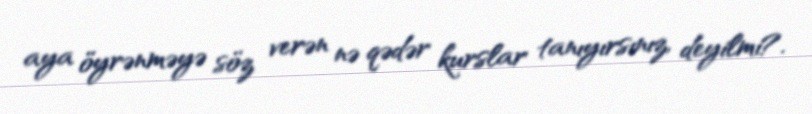
aya öyrənməyə söz verən nə qədər kurslar tanıyırsınız, deyilmi?.